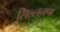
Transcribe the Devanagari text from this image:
सिल्लनपा